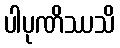
ပါပုဏိဿသိ